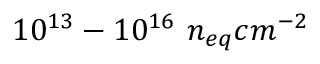
1 0 ^ { 1 3 } - 1 0 ^ { 1 6 } ~ n _ { e q } c m ^ { - 2 }